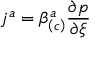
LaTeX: j ^ { a } = \beta _ { \left( c \right) } ^ { a } \frac { \partial p } { \partial \xi }